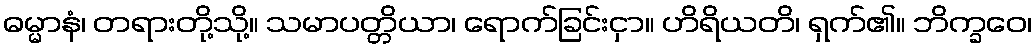
ဓမ္မာနံ၊ တရားတို့သို့။ သမာပတ္တိယာ၊ ရောက်ခြင်းငှာ။ ဟိရိယတိ၊ ရှက်၏။ ဘိက္ခဝေ၊